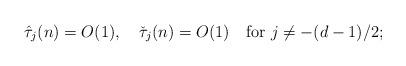
LaTeX: \begin{align*}\hat\tau_j(n)=O(1),\ \ \ \check\tau_j(n)=O(1)\ \ \ \hbox{for}\ j\not=-(d-1)/2;\end{align*}